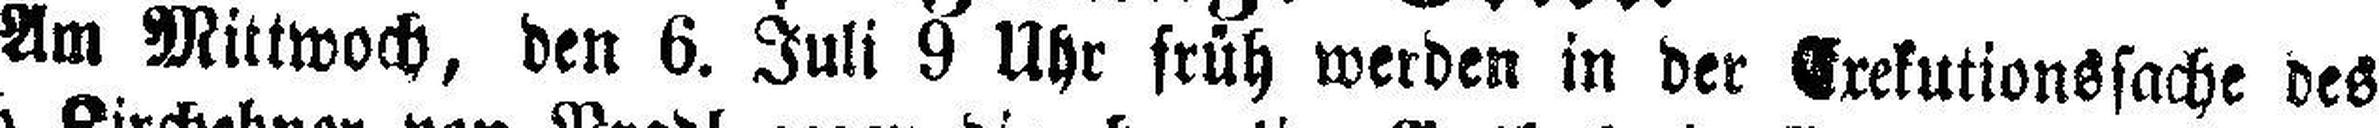
Am Mittwoch, den 6. Juli 9 Uhr früh werden in der Exekutionssache des